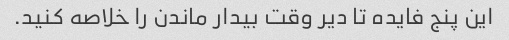
این پنج فایده تا دیر وقت بیدار ماندن را خلاصه کنید.